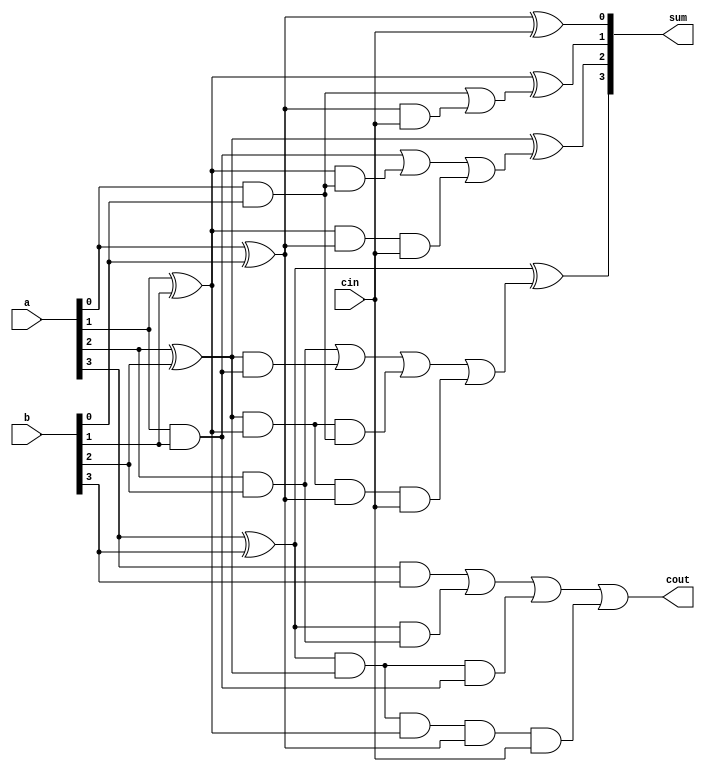
module full_adder_carry_lookahead(a, b, cin, sum, cout);
  input [3:0] a, b;
  input cin;
  output [3:0] sum;
  output cout;

  wire p0, p1, p2, p3, g0, g1, g2, g3;
  wire c0, c1, c2, c3, c4;

  //Computing the p for each stage
  assign  p0 = a[0] ^ b[0],
          p1 = a[1] ^ b[1],
          p2 = a[2] ^ b[2],
          p3 = a[3] ^ b[3];

  //Computing the g for each stage
  assign  g0 = a[0] & b[0],
          g1 = a[1] & b[1],
          g2 = a[2] & b[2],
          g3 = a[3] & b[3];

  //Computing the carry for each stage
  //Note: cin is equivalent ot c0 in the arithematic equation for carry llokahead equation
  assign  c1 = g0 | (p0 & cin),
          c2 = g1 | (p1 & g0) | (p1 & p0 & cin),
          c3 = g2 | (p2 & g1) | (p2 & p1 & g0) | (p2 & p1 & p0 & cin),
          c4 = g3 | (p3 & g2) | (p3 & p2 & g1) | (p3 & p2 & p1 & p0 & cin);

  assign  sum[0] = p0 ^ cin,
          sum[1] = p1 ^ c1,
          sum[2] = p2 ^ c2,
          sum[3] = p3 ^ c3;

  assign  cout = c4;
endmodule